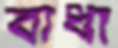
বাধা